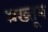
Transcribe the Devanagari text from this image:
मख्तूम